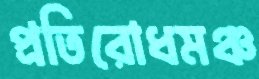
প্রতিরোধমঞ্চ